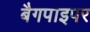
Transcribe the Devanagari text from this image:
बैगपाइपर